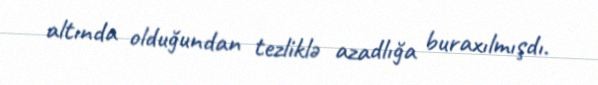
altında olduğundan tezliklə azadlığa buraxılmışdı.